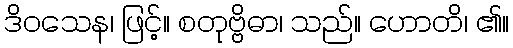
ဒိဝသေန၊ ဖြင့်။ စတုဗ္ဗိဓာ၊ သည်။ ဟောတိ၊ ၏။